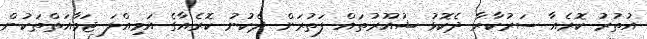
އުތުރު ކޮރެއާ ސަރުކާރާ ދެކޮޅު ޝުއޫރުތައް ފަތުރަން ދެކުނު ކޮރެއާގެ އަމިއްލަ ޖަމާއަތްތަކުން